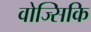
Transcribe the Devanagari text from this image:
वोज्सिकि